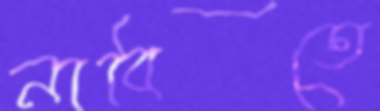
নাবিতে